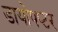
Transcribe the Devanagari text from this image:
डायोपप्टर